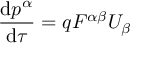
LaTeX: { \frac { \mathrm { d } p ^ { \alpha } } { \mathrm { d } \tau } } = q F ^ { \alpha \beta } U _ { \beta }